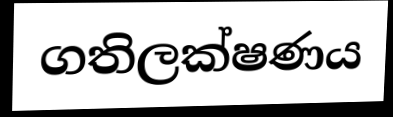
ගතිලක්ෂණය